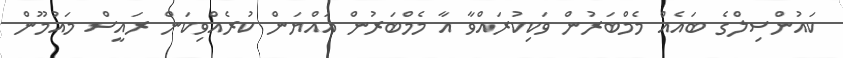
ކައުންސިލްގެ ބައެއް މެމްބަރުން ވަކިކުރައްވާ އާ މެމްބަރުން އައްޔަން ކުރެއްވިކަން ރައީސް މައުމޫން